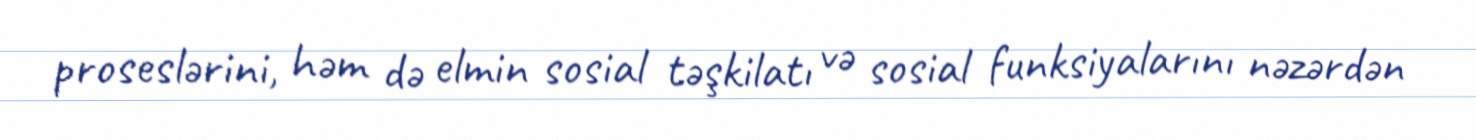
proseslərini, həm də elmin sosial təşkilatı və sosial funksiyalarını nəzərdən